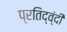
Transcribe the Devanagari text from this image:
प्रतिद्व्ंदी